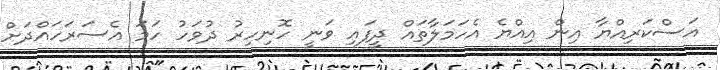
އަސްކަރިއްޔާ އިން އިއްޔެ އެހަމަލާތައް ދީފައި ވަނީ ހޮނިހިރު ދުވަހު ހަމަ އެސަރަހައްދަށް